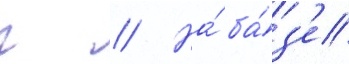
г // На́ ба́з'е